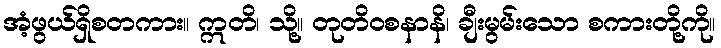
အံ့ဖွယ်ရှိစတကား။ ဣတိ၊ သို့။ တုတိဝစနာနိ၊ ချီးမွမ်းသော စကားတို့ကို။